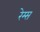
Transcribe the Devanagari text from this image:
रेम्स